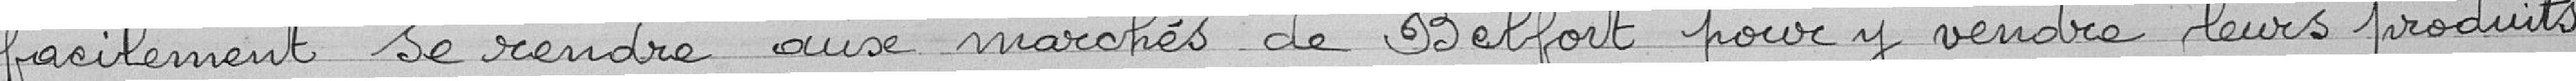
facilement se rendre aux marchés de Belfort pour y vendre leurs produits